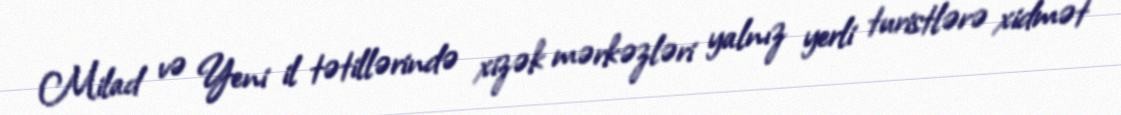
Milad və Yeni il tətillərində xizək mərkəzləri yalnız yerli turistlərə xidmət